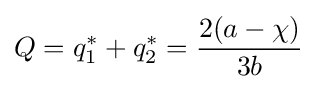
Q=q_{1}^{*}+q_{2}^{*}={\frac {2(a-\chi )}{3b}}